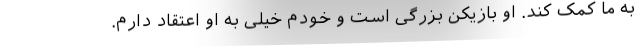
به ما کمک کند. او بازیکن بزرگی است و خودم خیلی به او اعتقاد دارم.